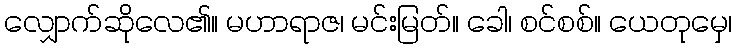
လျှောက်ဆိုလေ၏။ မဟာရာဇ၊ မင်းမြတ်။ ခေါ၊ စင်စစ်။ ယေတုမှေ၊